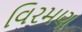
વિરમણ